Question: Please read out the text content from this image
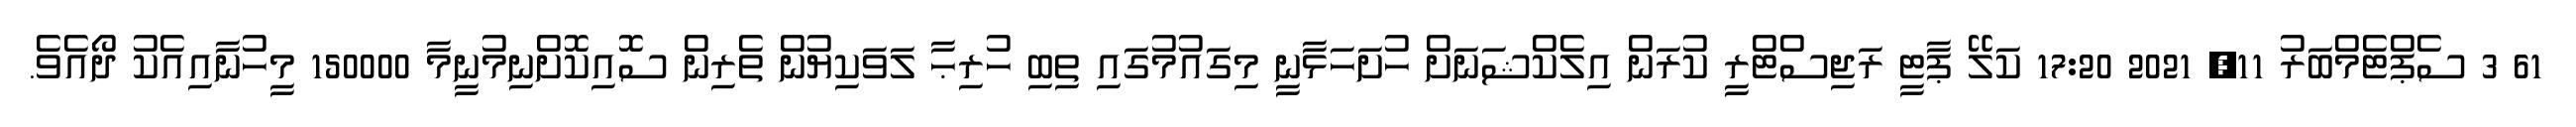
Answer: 61 3 ސެޕްޓެމްބަރު 11, 2021 17:20 ކަލޭ ޕާޓީ ރަޖިސްޓްރީ ކުރަން އިލެކްޝަނަށް ހުށަހަޅާނީ މިގައުމުގައި ތިބި ހުރިޙާ ލަވަކިޔުން ތެރިން ސޮއިކޮށްނިމުނީމާ 150000 މީހުނާއިއެކު ދޯއެވެ.